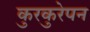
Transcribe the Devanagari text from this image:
कुरकुरेपन